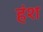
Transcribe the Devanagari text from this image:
हंश